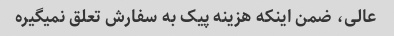
عالی، ضمن اینکه هزینه پیک به سفارش تعلق نمیگیره